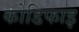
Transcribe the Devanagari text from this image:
कोडिफाइ